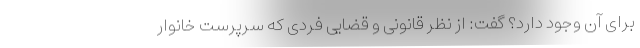
برای آن وجود دارد؟ گفت: از نظر قانونی و قضایی فردی که سرپرست خانوار